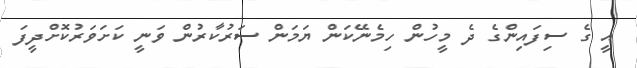
އީ ގެ ސިފައިންގެ ދެ މީހުން ހިމެނޭކަން ޔަމަން ސަރުކާރުން ވަނީ ކަށަވަރުކޮށްދީފަ